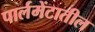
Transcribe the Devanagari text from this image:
पार्लमेंटातील